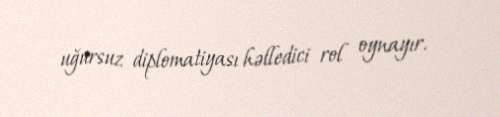
uğursuz diplomatiyası həlledici rol oynayır.